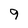
Character: 9